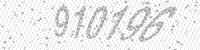
Solution: 910196